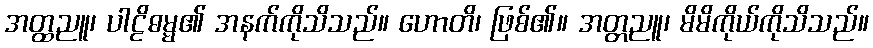
အတ္ထညူ၊ ပါဠိဓမ္မ၏ အနက်ကိုသိသည်။ ဟောတိ၊ ဖြစ်၏။ အတ္တညူ၊ မိမိကိုယ်ကိုသိသည်။